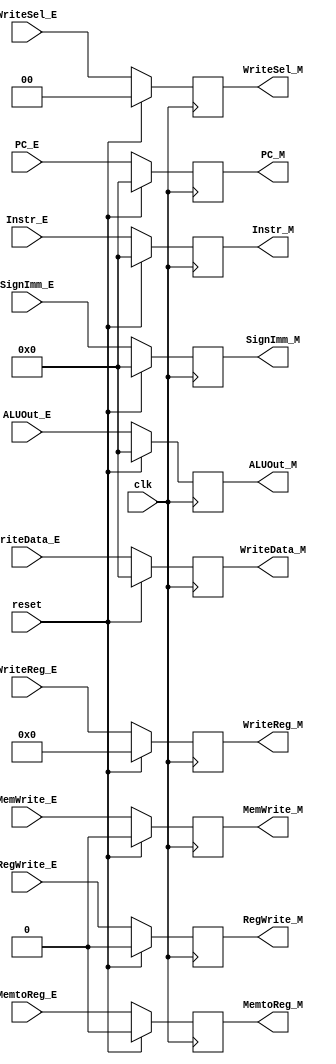
module M_REG(
    input clk,
    input reset,
    input RegWrite_E,
    input MemtoReg_E,
    input MemWrite_E,
    input [1:0] WriteSel_E,
    //control
    input [31:0] ALUOut_E,
    input [31:0] WriteData_E,
    input [4:0] WriteReg_E,
    input [31:0] PC_E,
    input [31:0] SignImm_E,
    input [31:0] Instr_E,
    //data
    output reg RegWrite_M,
    output reg MemtoReg_M,
    output reg MemWrite_M,
    output reg [1:0] WriteSel_M,
    //contorl
    output reg [31:0] ALUOut_M,
    output reg [31:0] WriteData_M,
    output reg [4:0] WriteReg_M,
    output reg [31:0] PC_M,
    output reg [31:0] SignImm_M,
    output reg [31:0] Instr_M
);

  initial begin
    RegWrite_M <= 0;
    MemtoReg_M <= 0;
    MemWrite_M <= 0;
    WriteSel_M <= 0;
    ALUOut_M <= 0;
    WriteData_M <= 0;
    WriteReg_M <= 0;
    PC_M <= 0;
    SignImm_M <= 0;
    Instr_M <= 0;
  end
  always @(posedge clk) begin
    if(reset) begin
      RegWrite_M <= 0;
      MemtoReg_M <= 0;
      MemWrite_M <= 0;
      WriteSel_M <= 0;
      ALUOut_M <= 0;
      WriteData_M <= 0;
      WriteReg_M <= 0;
      PC_M <= 0;
      SignImm_M <= 0;
      Instr_M <= 0;
    end
    else begin
      RegWrite_M <= RegWrite_E;
      MemtoReg_M <= MemtoReg_E;
      MemWrite_M <= MemWrite_E;
      WriteSel_M <= WriteSel_E;
      ALUOut_M <= ALUOut_E;
      WriteData_M <= WriteData_E;
      WriteReg_M <= WriteReg_E;
      PC_M <= PC_E;
      SignImm_M <= SignImm_E;
      Instr_M <= Instr_E;
    end
  end

endmodule